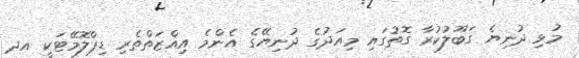
މުޅި ދުނިޔެ ގަބޫލުކުރާ ގޮތުގައި މިއަދުގެ ދުނިޔޭގެ އެންމެ އިއްޒަތްތެރި ޑިޕްލޮމޭޓަކީ އދ